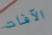
الآفات